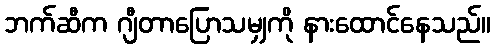
ဘက်ဆီက ဂျီတာပြောသမျှကို နားထောင်နေသည်။